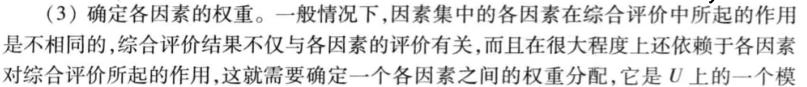
(3) 确定各因素的权重。一般情况下，因素集中的各因素在综合评价中所起的作用是不相同的，综合评价结果不仅与各因素的评价有关，而且在很大程度上还依赖于各因素对综合评价所起的作用，这就需要确定一个各因素之间的权重分配，它是$U$上的一个模